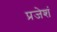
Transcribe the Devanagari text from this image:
प्रजेशं